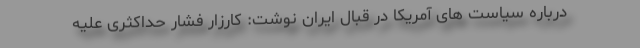
درباره سیاست های آمریکا در قبال ایران نوشت: کارزار فشار حداکثری علیه